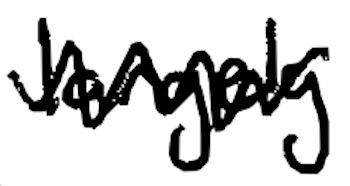
Text: largely
Cross-out: zig-zag
Writing tool: digital_black